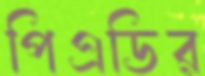
পিএডির